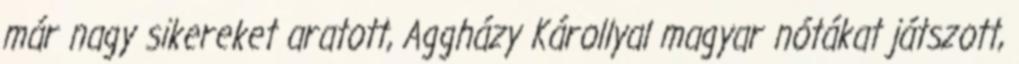
már nagy sikereket aratott, Aggházy Károllyal magyar nótákat játszott,